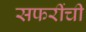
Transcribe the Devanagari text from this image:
सफरींची